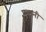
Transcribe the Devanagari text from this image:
प्रवानी